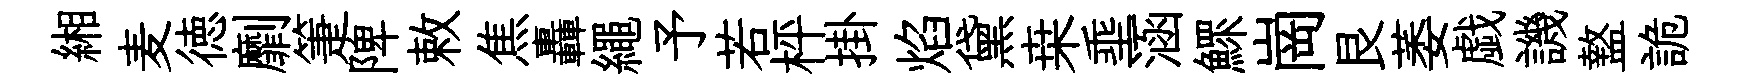
緗麦徳劘箑陴敕焦轟繩予若枰掛焰黛桒埀涵鰥崗艮萎戯譏盩詭